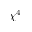
\chi ^ { 4 }